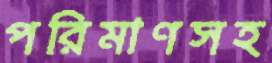
পরিমাণসহ